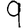
Digit: 9